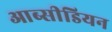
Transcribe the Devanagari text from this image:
आब्सीडियन